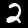
Digit: 2